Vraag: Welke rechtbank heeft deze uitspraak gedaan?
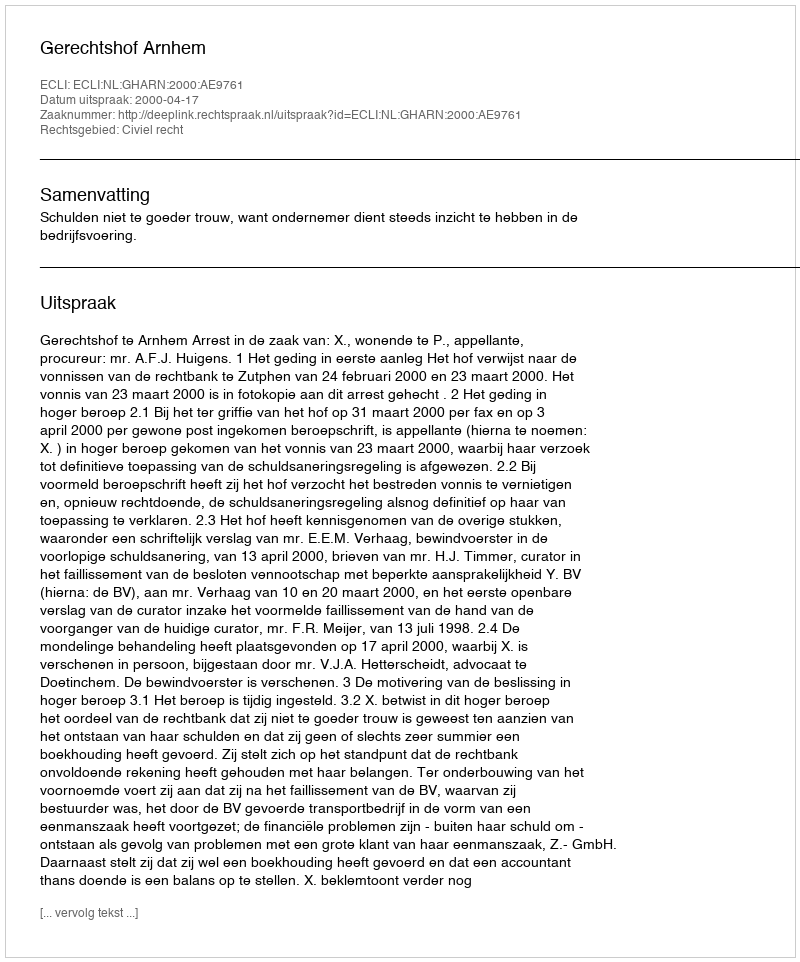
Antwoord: Gerechtshof Arnhem